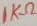
Text: 1KΩ